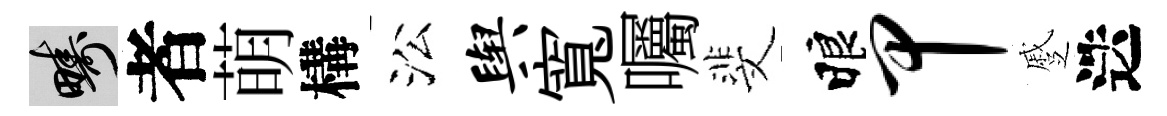
疇者萌構㳂舆寬囑斐睱甲蹙迭